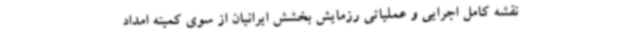
نقشه کامل اجرایی و عملیاتی رزمایش بخشش ایرانیان از سوی کمیته امداد